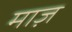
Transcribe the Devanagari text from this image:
माज़